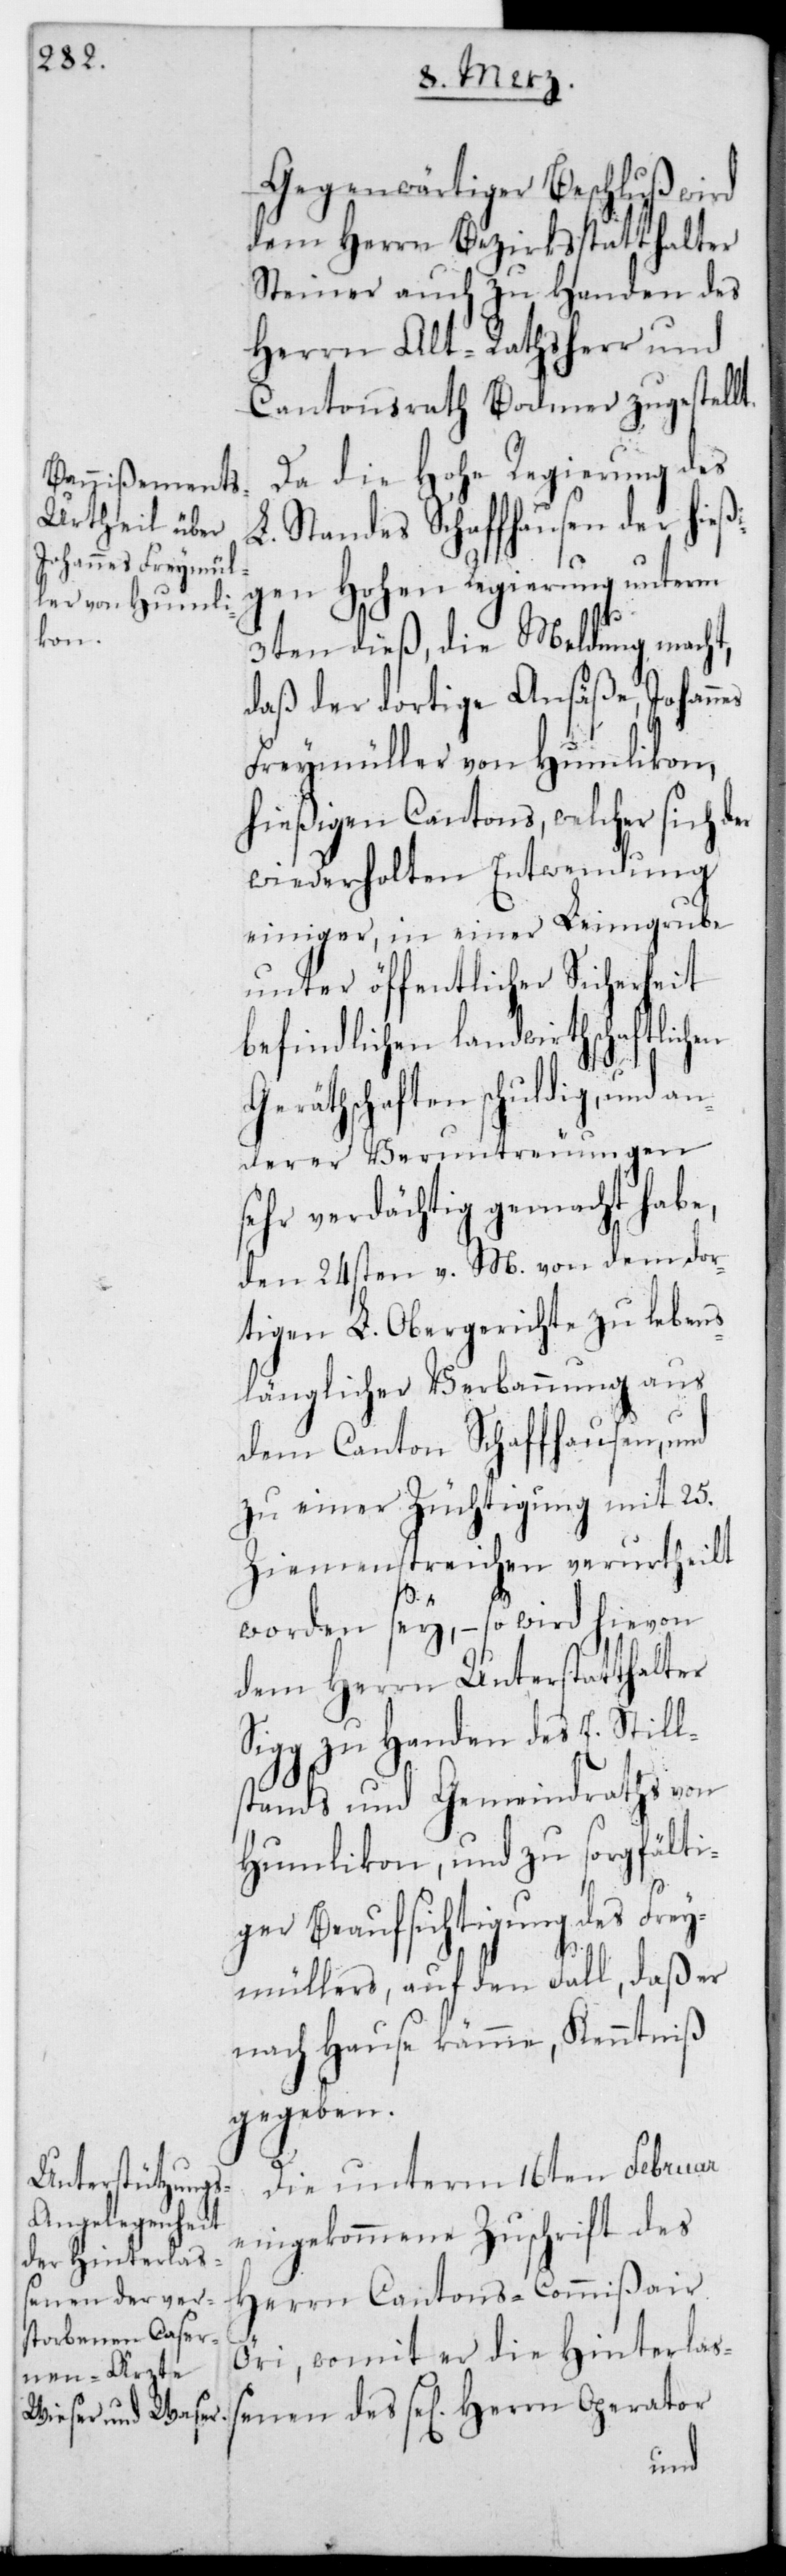
Gegenwärtiger Beschluß wird
dem Herrn Bezirksstatthalter
Steiner auch zu Handen des
Herrn Alt-Rathsherr und
Cantonsrath Bodmer zugestellt.
Da die Hohe Regierung des
L. Standes Schaffhausen der hieß¬
igen Hohen Regierung unterm
3ten dieß, die Meldung macht,
daß der dortige Ansäße Johannes
Freymüller von Humlikon,
hießigen Cantons, welcher sich der
wiederholten Entwendung
einiger, in einer Leimgrube
unter öffentlicher Sicherheit
befindlichen landwirthschaftlichen
Geräthschaften schuldig, und an¬
derer Veruntreuungen
sehr verdächtig gemacht habe,
den 24sten v. M. von dem dor¬
tigen L. Obergerichte zu lebens¬
länglicher Verbannung aus
dem Canton Schaffhausen und
zu einer Züchtigung mit 25
Ziemenstreifen verurtheilt
worden sey, – so wird hievon
dem Herrn Unterstatthalter
Sigg zu Handen des E. Still¬
stands und Gemeindraths von
Humlikon, und zu sorgfälti¬
ger Beaufsichtigung des Frey¬
müller, auf den Fall, daß er
nach Hause käme, Kenntniß
gegeben.
Die unterm 16ten Februar
eingekommene Zuschrift des
Herrn Cantonscommißair
Öri, womit er die Hinterlaß¬
enen